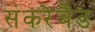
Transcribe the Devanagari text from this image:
संकरेबैंड